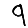
Digit: 9